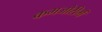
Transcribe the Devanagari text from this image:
कमजोरीमें